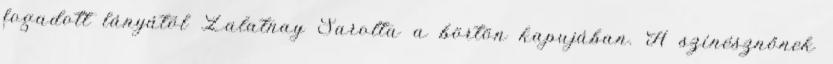
fogadott lányától Zalatnay Sarolta a börtön kapujában. A színésznőnek